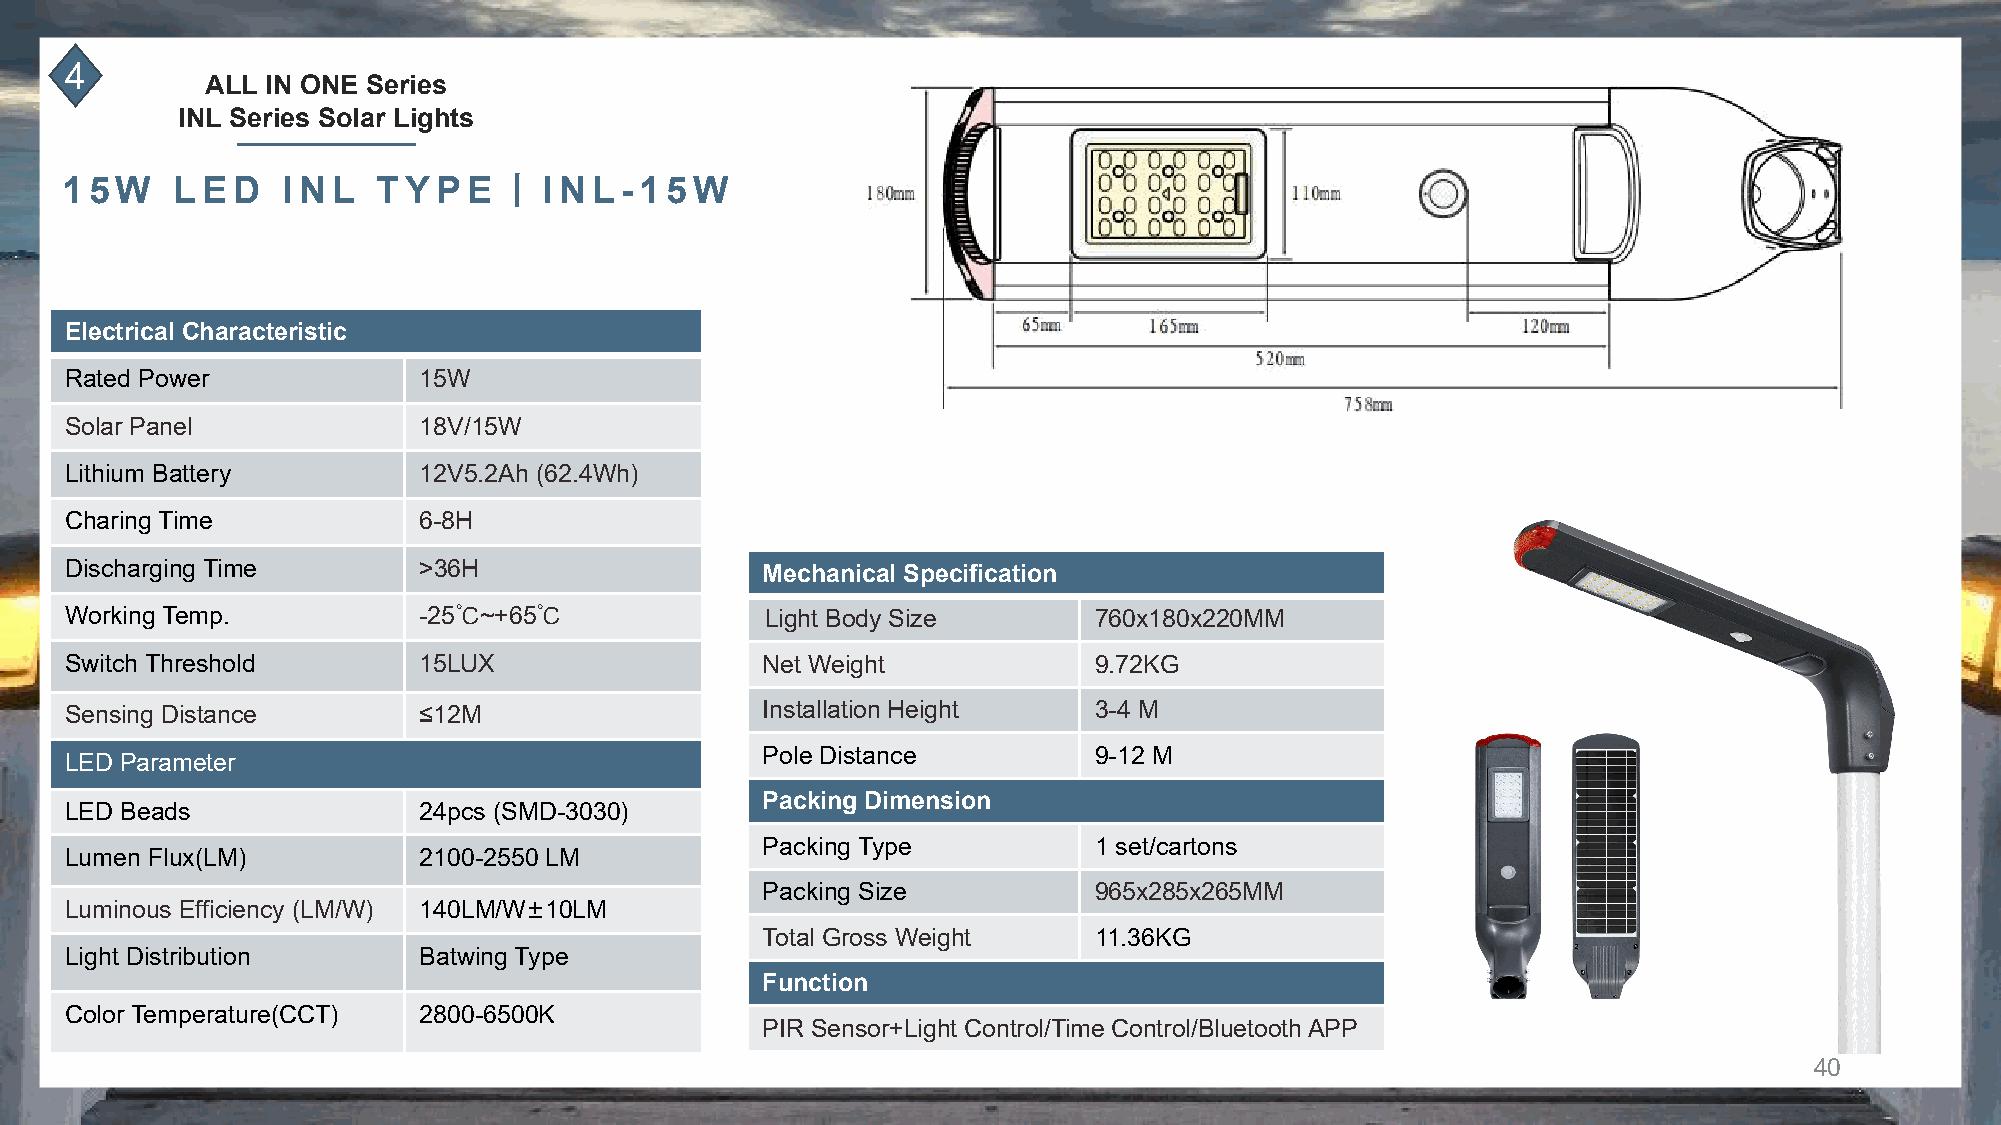
4
 ALL IN ONE Series
 INL Series Solar Lights
 丨
 15W    LED     INL   TYPE       INL-15W
 Electrical Characteristic
 Rated Power             15W
 Solar Panel             18V/15W
 Lithium Battery         12V5.2Ah (62.4Wh)
 Charing Time            6-8H
 Discharging Time        >36H                  Mechanical Specification
 Working Temp.           -25℃~+65℃              Light Body Size      760x180x220MM
 Switch Threshold        15LUX                 Net Weight            9.72KG
 Sensing Distance        ≤12M                  Installation Height   3-4 M
 Pole Distance         9-12 M
 LED Parameter
 Packing Dimension
 LED Beads               24pcs (SMD-3030)
 Packing Type          1 set/cartons
 Lumen Flux(LM)          2100-2550 LM
 Packing Size          965x285x265MM
 Luminous Efficiency (LM/W) 140LM/W±10LM
 Total Gross Weight    11.36KG
 Light Distribution      Batwing Type
 Function
 Color Temperature(CCT)  2800-6500K
 PIR Sensor+Light Control/Time Control/Bluetooth APP
 40